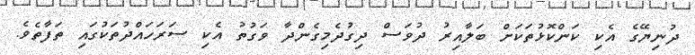
ދުނިޔޭގެ އެކި ކަންކޮޅުތަކަށް ބަލާއިރު ދުވަސް ދިގުދެމިގެންދާ ވަގުތު އެކި ސަރަހައްދުތަކުގައި ތަފާތެވެ.